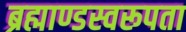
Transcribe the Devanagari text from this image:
ब्रह्माण्डस्वरूपता